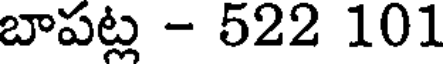
బాపట్ల - 522 101